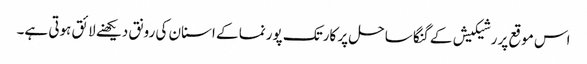
اس موقع پر رشیکیش کے گنگا ساحل پر کارتک پورنما کے اسنان کی رونق دیکھنے لائق ہوتی ہے۔